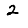
Digit: 2